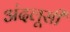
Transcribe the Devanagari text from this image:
अंदलूसी